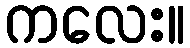
ကလေး။